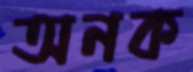
অনক